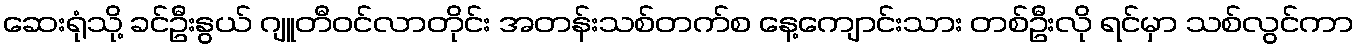
ဆေးရုံသို့ ခင်ဦးနွယ် ဂျူတီဝင်လာတိုင်း အတန်းသစ်တက်စ နေ့ကျောင်းသား တစ်ဦးလို ရင်မှာ သစ်လွင်ကာ